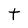
Character: t